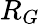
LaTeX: R_{G}